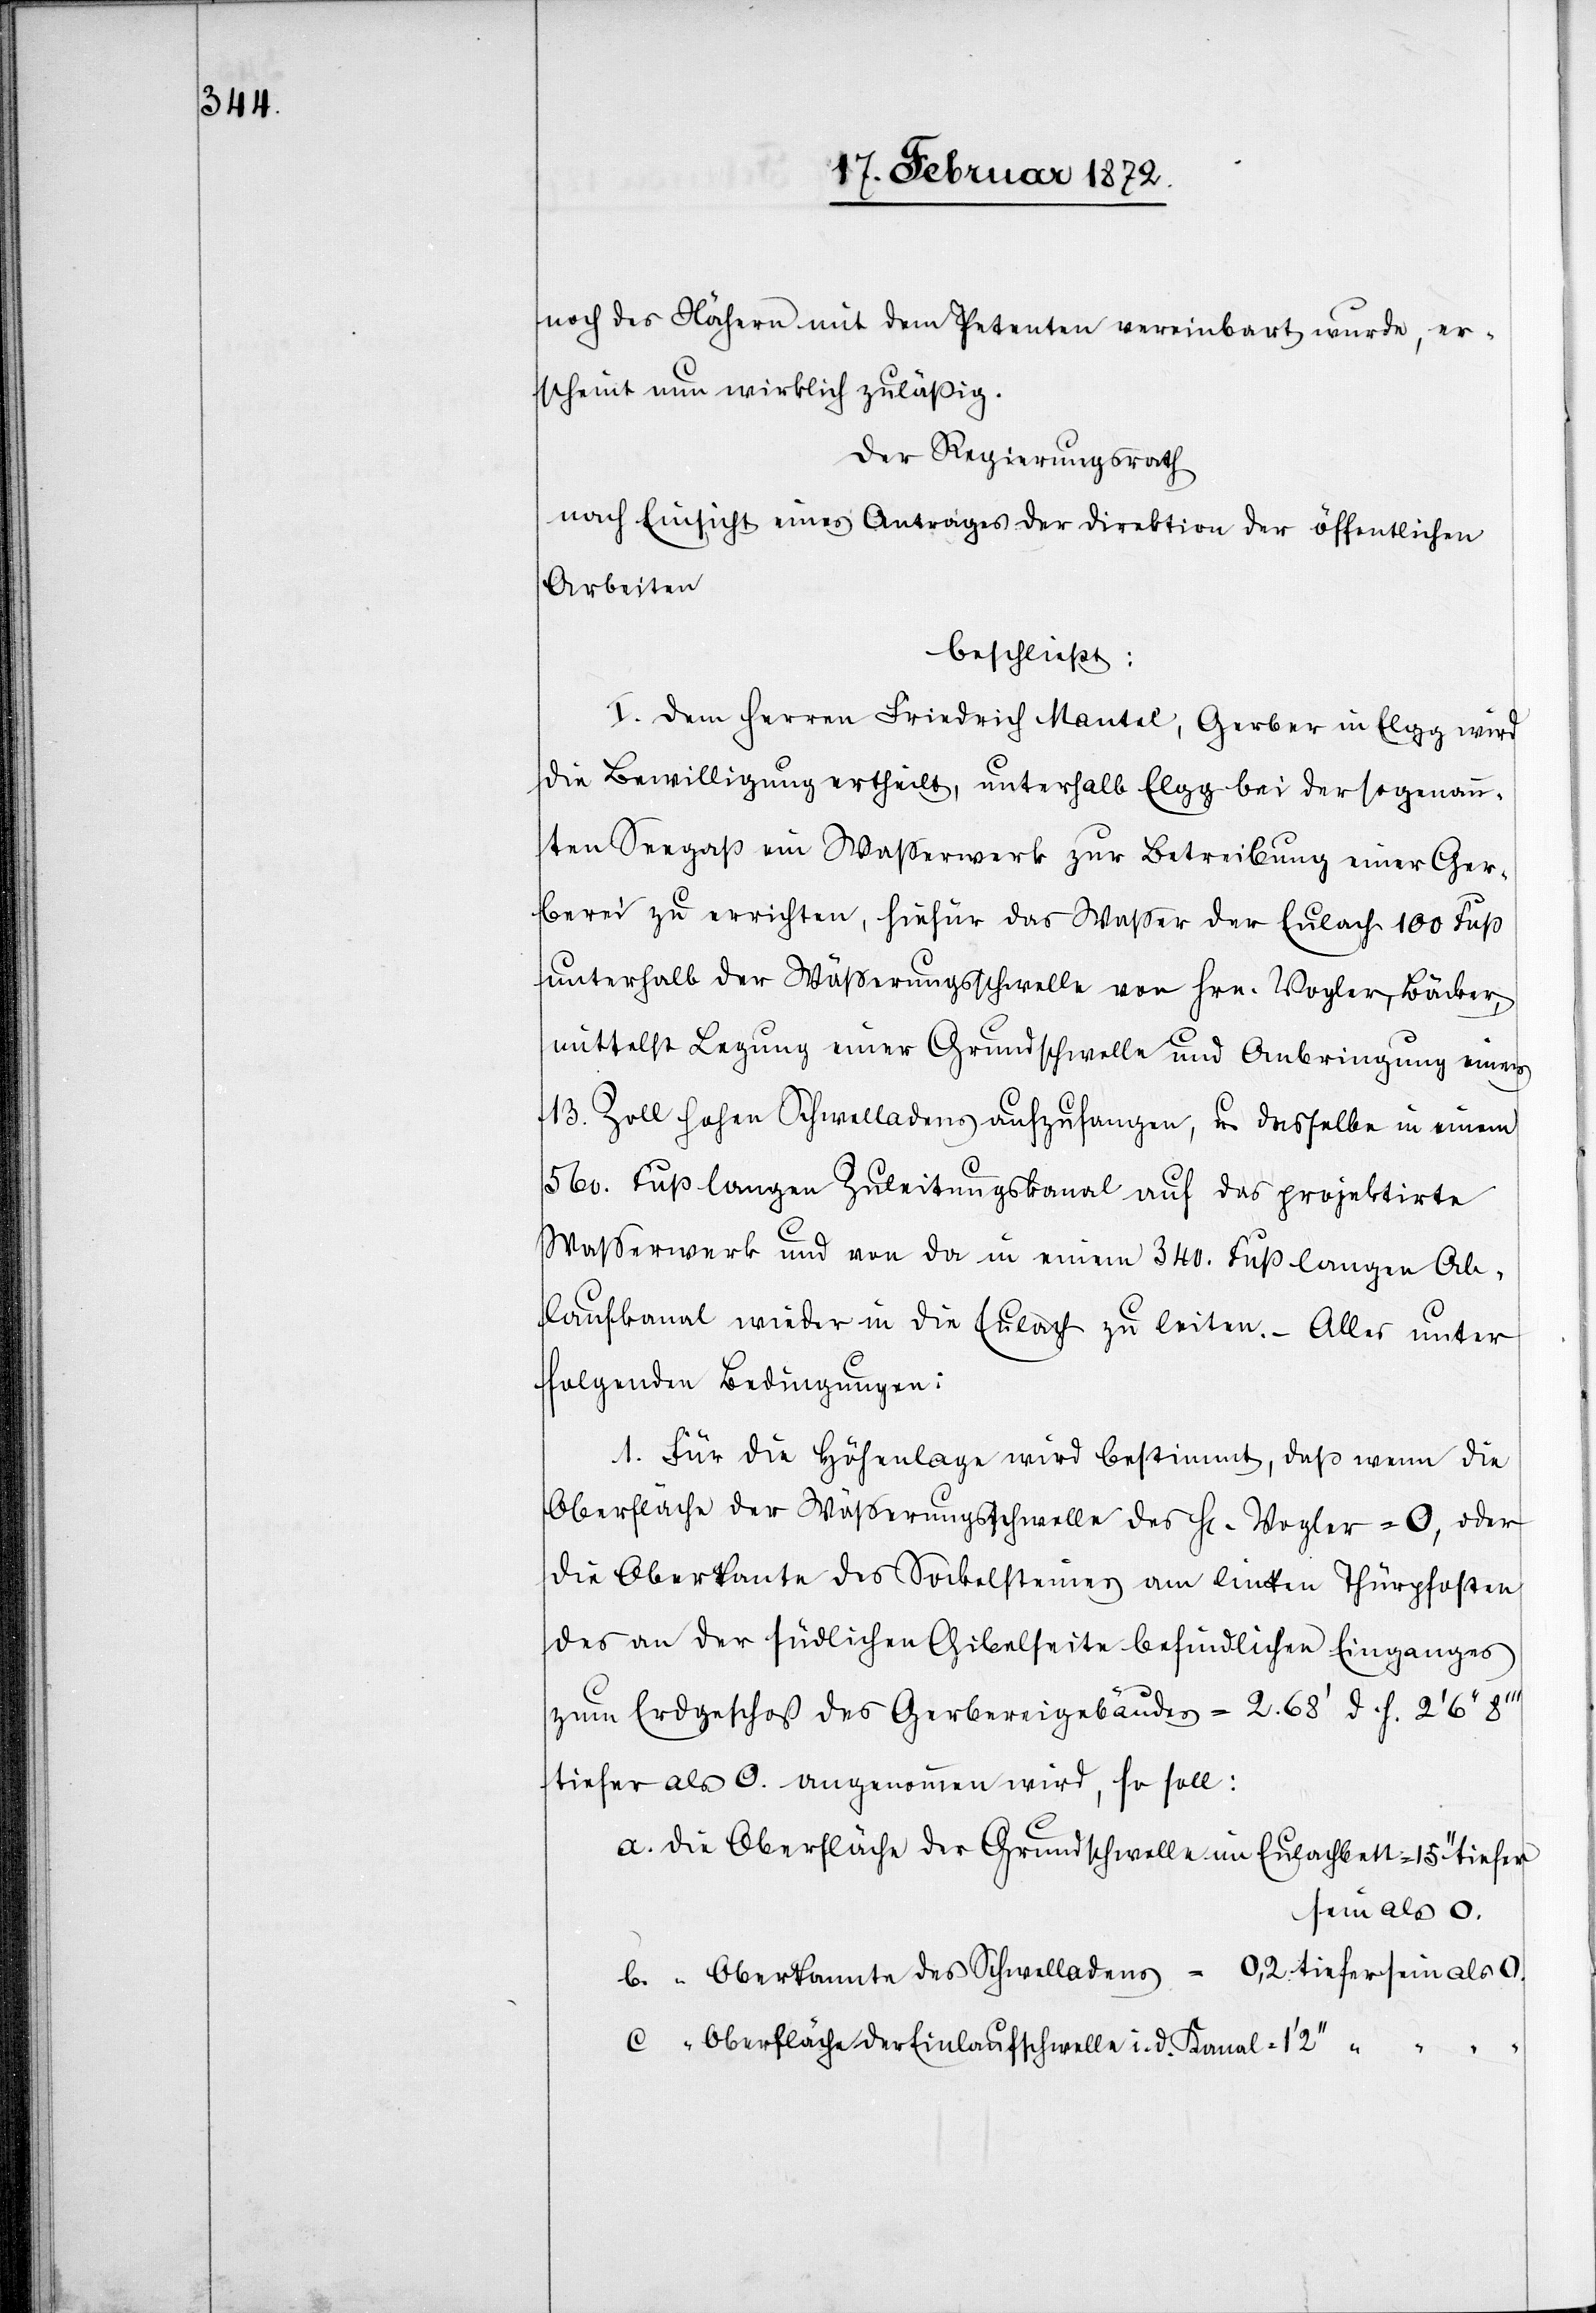
noch des Nähern mit dem Petenten vereinbart wurde, er¬
scheint nun wirklich zuläßig.
Der Regierungsrath
nach Einsicht eines Antrages der Direktion der öffentlichen
Arbeiten
beschließt:
I. Dem Herren Friedrich Mantel, Gerber in Elgg wird
die Bewilligung ertheilt, unterhalb Elgg bei der sogenann¬
ten Seegaß ein Wasserwerk zur Betreibung einer Ger¬
berei zu errichten, hiefür das Wasser der Eulach 100 Fuß
unterhalb der Wässerungsschwelle von Hrn. Vogler, Bäcker,
mittelst Legung einer Grundschwelle und Anbringung eines
13. Zoll hohen Schwelladens aufzufangen, u. dasselbe in einem
560. Fuß langen Zuleitungskanal auf das projektirte
Wasserwerk du von da in einem 340. Fuß langen Ab¬
laufkanal wieder in die Eulach zu leiten. – Alles unter
folgenden Bedingungen:
1. Für die Höhenlage wird bestimmt, daß wenn die
Oberfläche der Wässerungsschwelle des Hr. Vogler = 0, oder
die Oberkante des Sockelsteines am linken Thürpfosten
des an der südlichen Gibelseite befindlichen Einganges
zum Erdgeschoss des Gerbereigebäudes = 2.68’ d. h. 2’ 6’’
tiefer als 0. angenommen wird, so soll:
a. die Oberfläche der Grundschwelle im Eulachbett
sein als 0.
c. “ Oberfläche der Einlaufschwelle i. d. Kanal